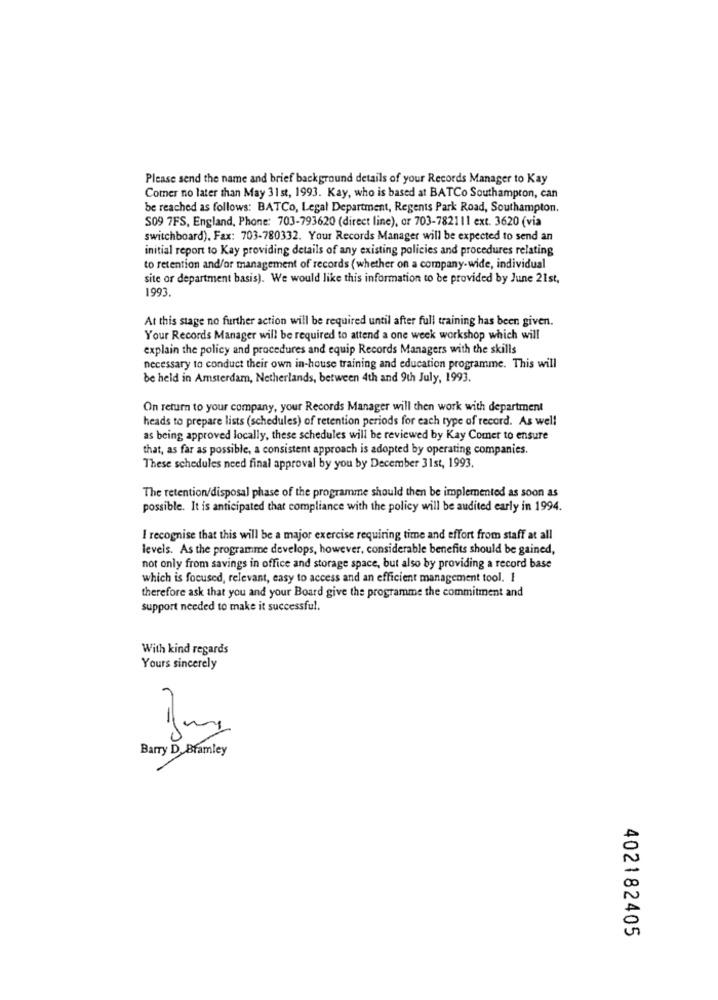
Please send the name and brief background details of your Records Manager to Kay
Comer no later than May 31 st, 1993. Kay, who is based at BATCo Southampton, can
be reached as follows: BATCo, Legal Department, Regents Park Road, Southampton.
S09 7FS, England, Phone: 703-793620 (direct line), or 703-782111 ext. 3620 (via
switchboard). Fax: 703-780332. Your Records Manager will be expected to send an
initial report to Kay providing details of any existing policies and procedures relating
to retention and/or management of records ( whether on a company-wide, individual
site or department basis). We would like this information to be provided by June 21st,
1993.
At this stage no further action will be required until after full training has been given.
Your Records Manager will be required to attend a one week workshop which will
explain the policy and procedures and equip Records Managers with the skills
necessary to conduct their own in-house training and education programme. This will
be held in Amsterdam, Netherlands, between 4th and 9th July, 1993.
On return to your company, your Records Manager will then work with department
heads to prepare lists (schedules) of retention periods for each type of record. As well
as being approved locally, these schedules will be reviewed by Kay Comer to ensure
that, as far as possible, a consistent approach is adopted by operating companies.
These schedules need final approval by you by December 31st, 1993.
The retention/disposal phase of the programme should then be implemented as soon as
possible. It is anticipated that compliance with the policy will be audited early in 1994.
I recognise that this will be a major exercise requiring time and effort from staff at all
levels. As the programme develops, however, considerable benefits should be gained,
not only from savings in office and storage space, but also by providing a record base
which is focused, relevant, easy to access and an efficient management tool. I
therefore ask that you and your Board give the programme the commitment and
support needed to make it successful.
With kind regards
Yours sincerely
Barry D. Bramley
402182405